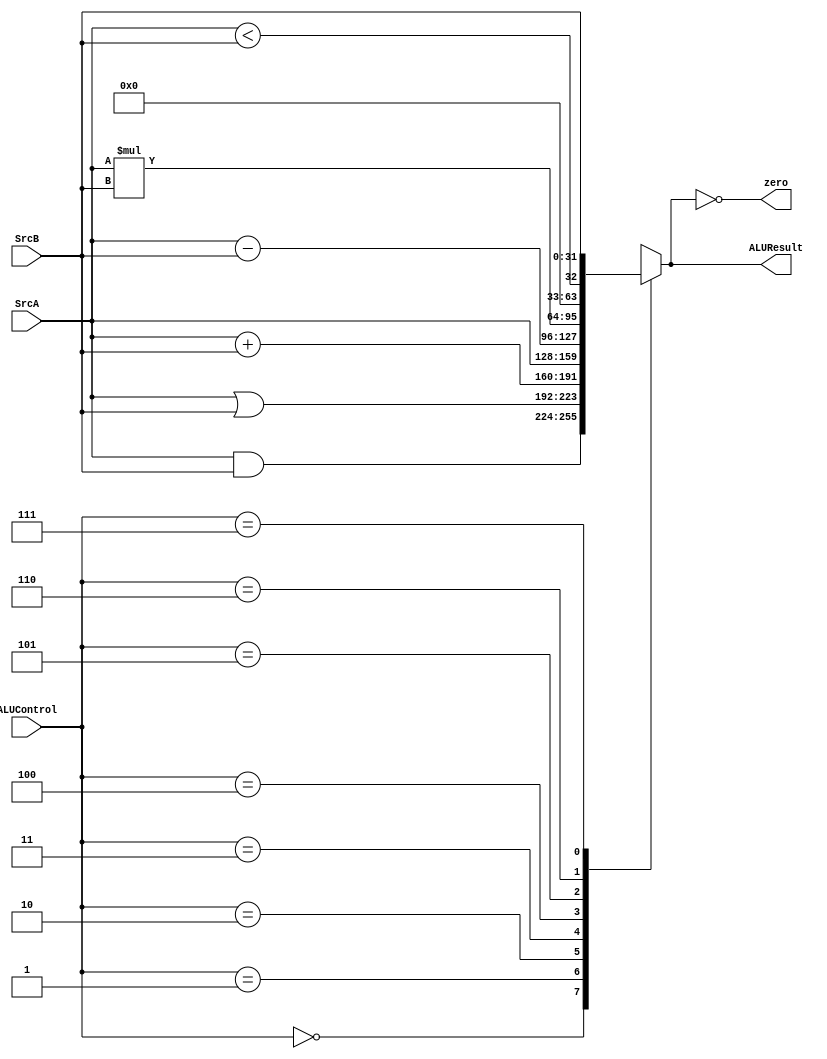
`timescale 1ns / 1ps
//////////////////////////////////////////////////////////////////////////////////
// Company: 
// Engineer: 
// 
// Design Name: 
// Module Name: ALU
// Project Name: 
// Target Devices: 
// Tool Versions: 
// Description: 
// 
// Dependencies: 
// 
// Revision:
// Revision 0.01 - File Created
// Additional Comments:
// 
//////////////////////////////////////////////////////////////////////////////////


module ALU(
input [31:0]SrcA,SrcB,
input [2:0]ALUControl,
output reg [31:0]ALUResult,
output zero
    );
    
      
      
    always@(*)
    begin
      
      case(ALUControl)
        3'b000: ALUResult=SrcA&SrcB;
        3'b001: ALUResult=SrcA|SrcB;
        3'b010: ALUResult=SrcA+SrcB;
        3'b011: ALUResult=SrcA;
        3'b100: ALUResult=SrcA-SrcB;
        3'b101 : ALUResult=SrcA*SrcB;
        3'b110: ALUResult=(SrcA < SrcB);
        3'b111: ALUResult=SrcB;
        default: ALUResult=32'h11111111;      
      endcase 
    end
    assign zero = (ALUResult == 0);
endmodule